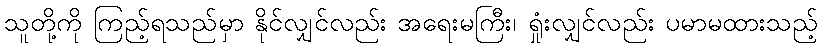
သူတို့ကို ကြည့်ရသည်မှာ နိုင်လျှင်လည်း အရေးမကြီး၊ ရှုံးလျှင်လည်း ပမာမထားသည့်